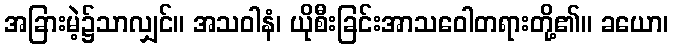
အခြားမဲ့၌သာလျှင်။ အသဝါနံ၊ ယိုစီးခြင်းအာသဝေါတရားတို့၏။ ခယော၊